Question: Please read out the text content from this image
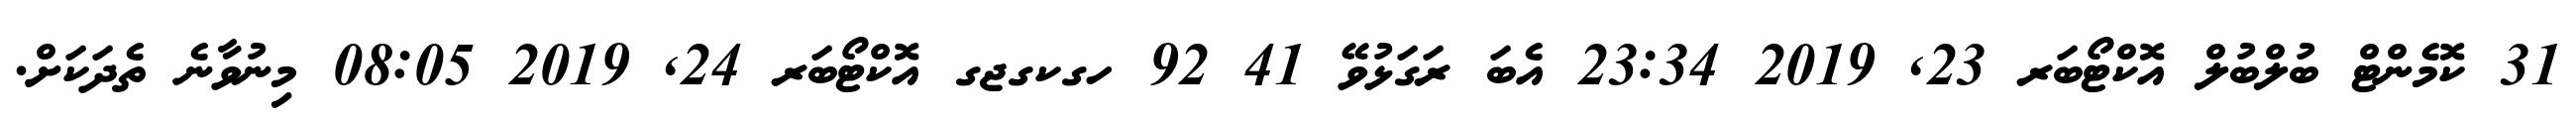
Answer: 31 ކޮމެންޓް ބުލްބުލް އޮކްޓޯބަރ 23, 2019 23:34 އެބަ ރަގަޅުވޭ 41 92 ހގކގޖގ އޮކްޓޯބަރ 24, 2019 08:05 މިނުވާނެ ތެދަކަށް.